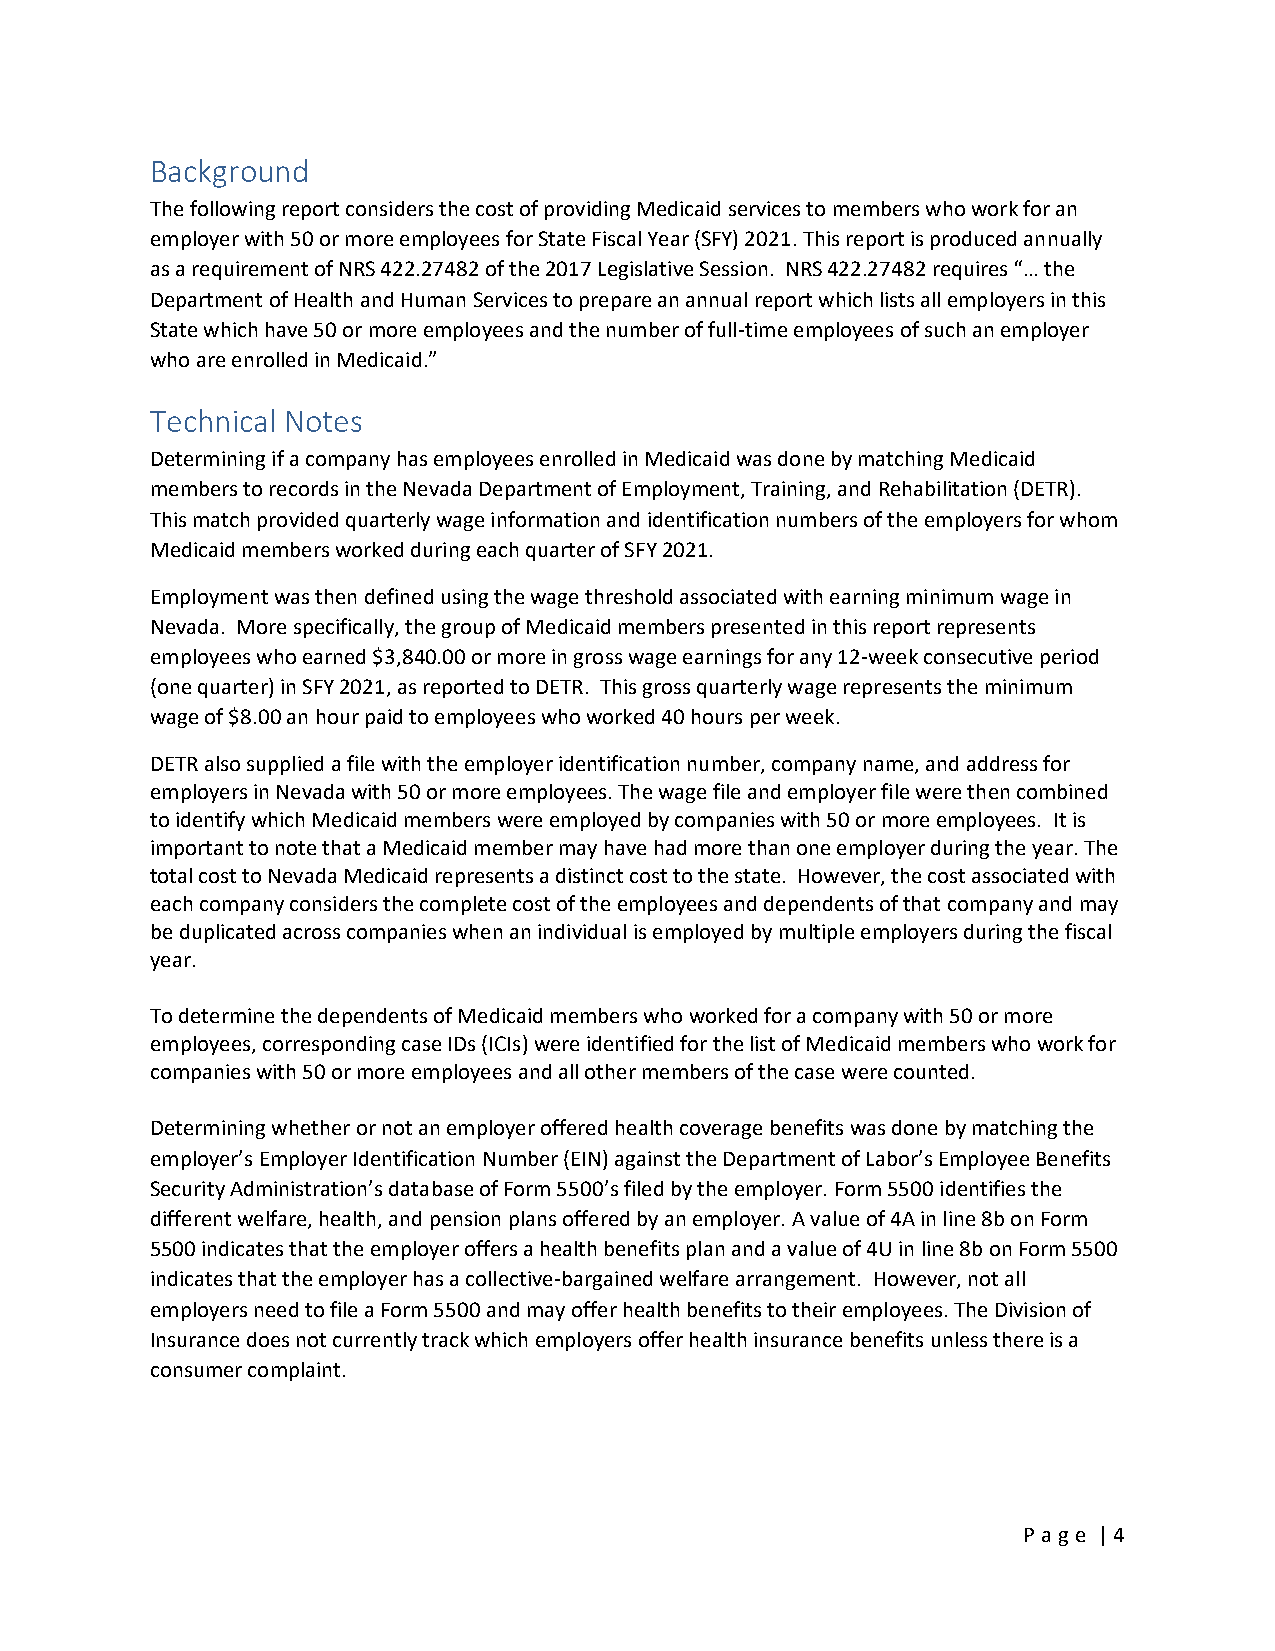
Background
 The following report considersthe cost of providing Medicaid services to memberswho work foran
 employer with50 or more employeesfor State Fiscal Year (SFY)2021. This report is produced annually
 as a requirement of NRS 422.27482of the 2017Legislative Session. NRS 422.27482requires “… the
 Department of Health and Human Services to prepare an annual report which lists all employers in this
 State which have 50 or more employees and the number of full-time employees of such an employer
 who are enrolled in Medicaid.”
 Technical Notes
 Determining if a company has employees enrolled in Medicaid was done by matching Medicaid
 members to records in the Nevada Department of Employment, Training, and Rehabilitation (DETR).
 This match provided quarterly wage information and identification numbers of the employers for whom
 Medicaid members worked during each quarter of SFY 2021.
 Employment was then defined using the wage threshold associated with earning minimum wage in
 Nevada. More specifically, the group of Medicaid members presented in this report represents
 employees who earned $3,840.00 or more in gross wage earnings for any 12-week consecutive period
 (one quarter) in SFY 2021, as reported to DETR. This gross quarterly wage represents the minimum
 wage of $8.00 an hour paid to employees who worked 40 hours per week.
 DETR also supplied a file with the employer identification number, company name, and address for
 employers in Nevada with 50 or more employees. The wage file and employer file were then combined
 to identify which Medicaid members were employed by companies with 50 or more employees. It is
 important to note that a Medicaid member may have had more than one employer during the year. The
 total cost to Nevada Medicaid represents a distinct cost to the state. However, the cost associated with
 each company considers the complete cost of the employees and dependents of that company and may
 be duplicated across companies when an individual is employed by multiple employers during the fiscal
 year.
 To determine the dependents of Medicaid members who worked for a company with 50 or more
 employees, corresponding case IDs (ICIs) were identified for the list of Medicaid members who work for
 companies with 50 or more employees and all other members of the case were counted.
 Determining whether or not an employer offered health coverage benefits was done by matching the
 employer’s Employer Identification Number (EIN) against the Department of Labor’s Employee Benefits
 Security Administration’s database of Form 5500’s filed by the employer. Form 5500 identifies the
 different welfare, health, and pension plans offered by an employer. A value of 4Ain line 8bon Form
 5500 indicates that the employer offers a health benefits planand a value of 4U in line 8b on Form 5500
 indicates that the employer has a collective-bargained welfare arrangement. However, not all
 employers need to file a Form 5500 and mayoffer health benefits to their employees. The Division of
 Insurance does not currently track which employers offer health insurance benefits unless there is a
 consumer complaint.
 P a ge | 4